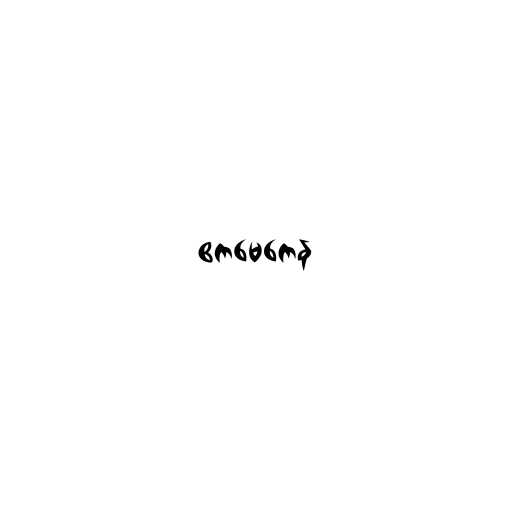
ဧကမေကေန